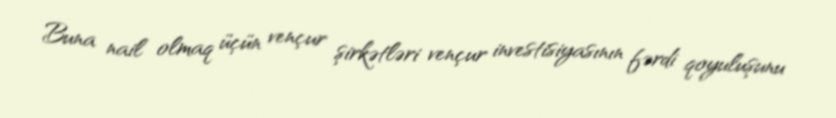
Buna nail olmaq üçün vençur şirkətləri vençur investisiyasının fərdi qoyuluşunu